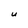
Character: U